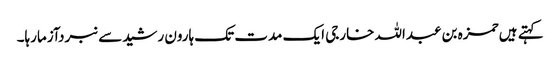
کہتے ہیں حمزہ بن عبداللہ خارجی ایک مدت تک ہارون رشیدسے نبردآزمارہا۔